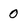
Character: 0